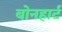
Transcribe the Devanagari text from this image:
बोनहार्ट